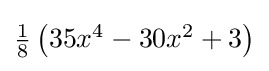
{\textstyle {\tfrac {1}{8}}\left(35x^{4}-30x^{2}+3\right)}